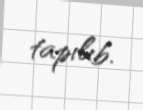
tapılıb.